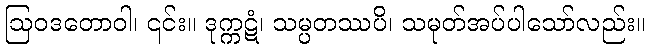
ဩဝဒတောဝါ၊ ၎င်း။ ဒုက္ကဋံ၊ သမ္ပတဿပိ၊ သမုတ်အပ်ပါသော်လည်း။